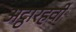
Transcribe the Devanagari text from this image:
अट्ठारहवीँ